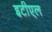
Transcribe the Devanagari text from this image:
इटीएल